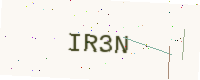
Text: IR3N